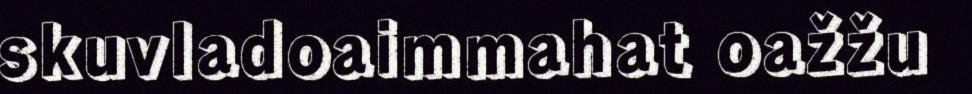
skuvladoaimmahat oažžu